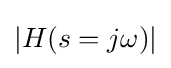
|H(s=j\omega )|